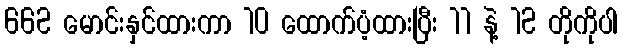
662 မောင်းနှင်ထားကာ 10 ထောက်ပံ့ထားပြီး 11 နဲ့ 12 တိုကိုပါ